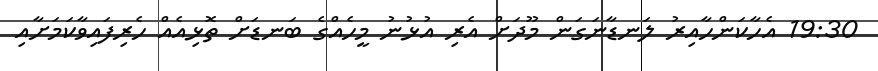
19:30 އެހާކަންހާއިރު ލަނޑާނަގަން މޫދަށް އެރި އުޅުނު މީހެއްގެ ބަނޑަށް ތޮޅިއެއް ހެރިފައިވާކަމަށާއި